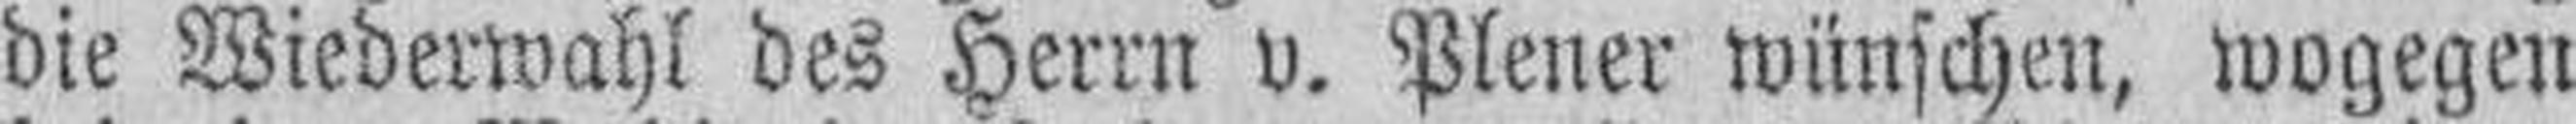
die Wiederwahl des Herrn v. Plener wünschen, wogegen